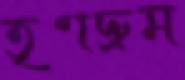
তৃণদ্রুম